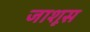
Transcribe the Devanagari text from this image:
जाशूस